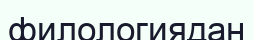
филологиядан